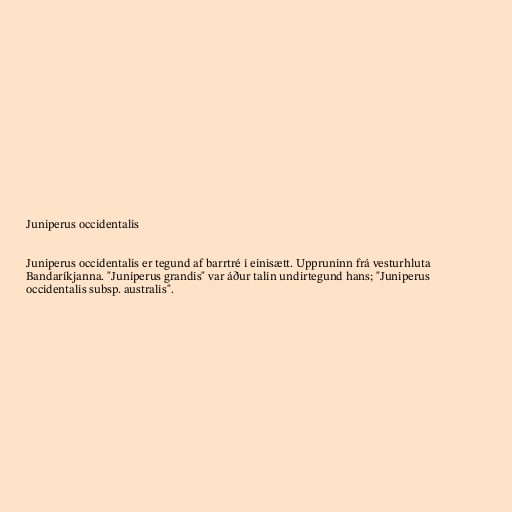
Juniperus occidentalis

Juniperus occidentalis er tegund af barrtré í einisætt. Uppruninn frá vesturhluta
Bandaríkjanna. "Juniperus grandis" var áður talin undirtegund hans; "Juniperus
occidentalis subsp. australis".